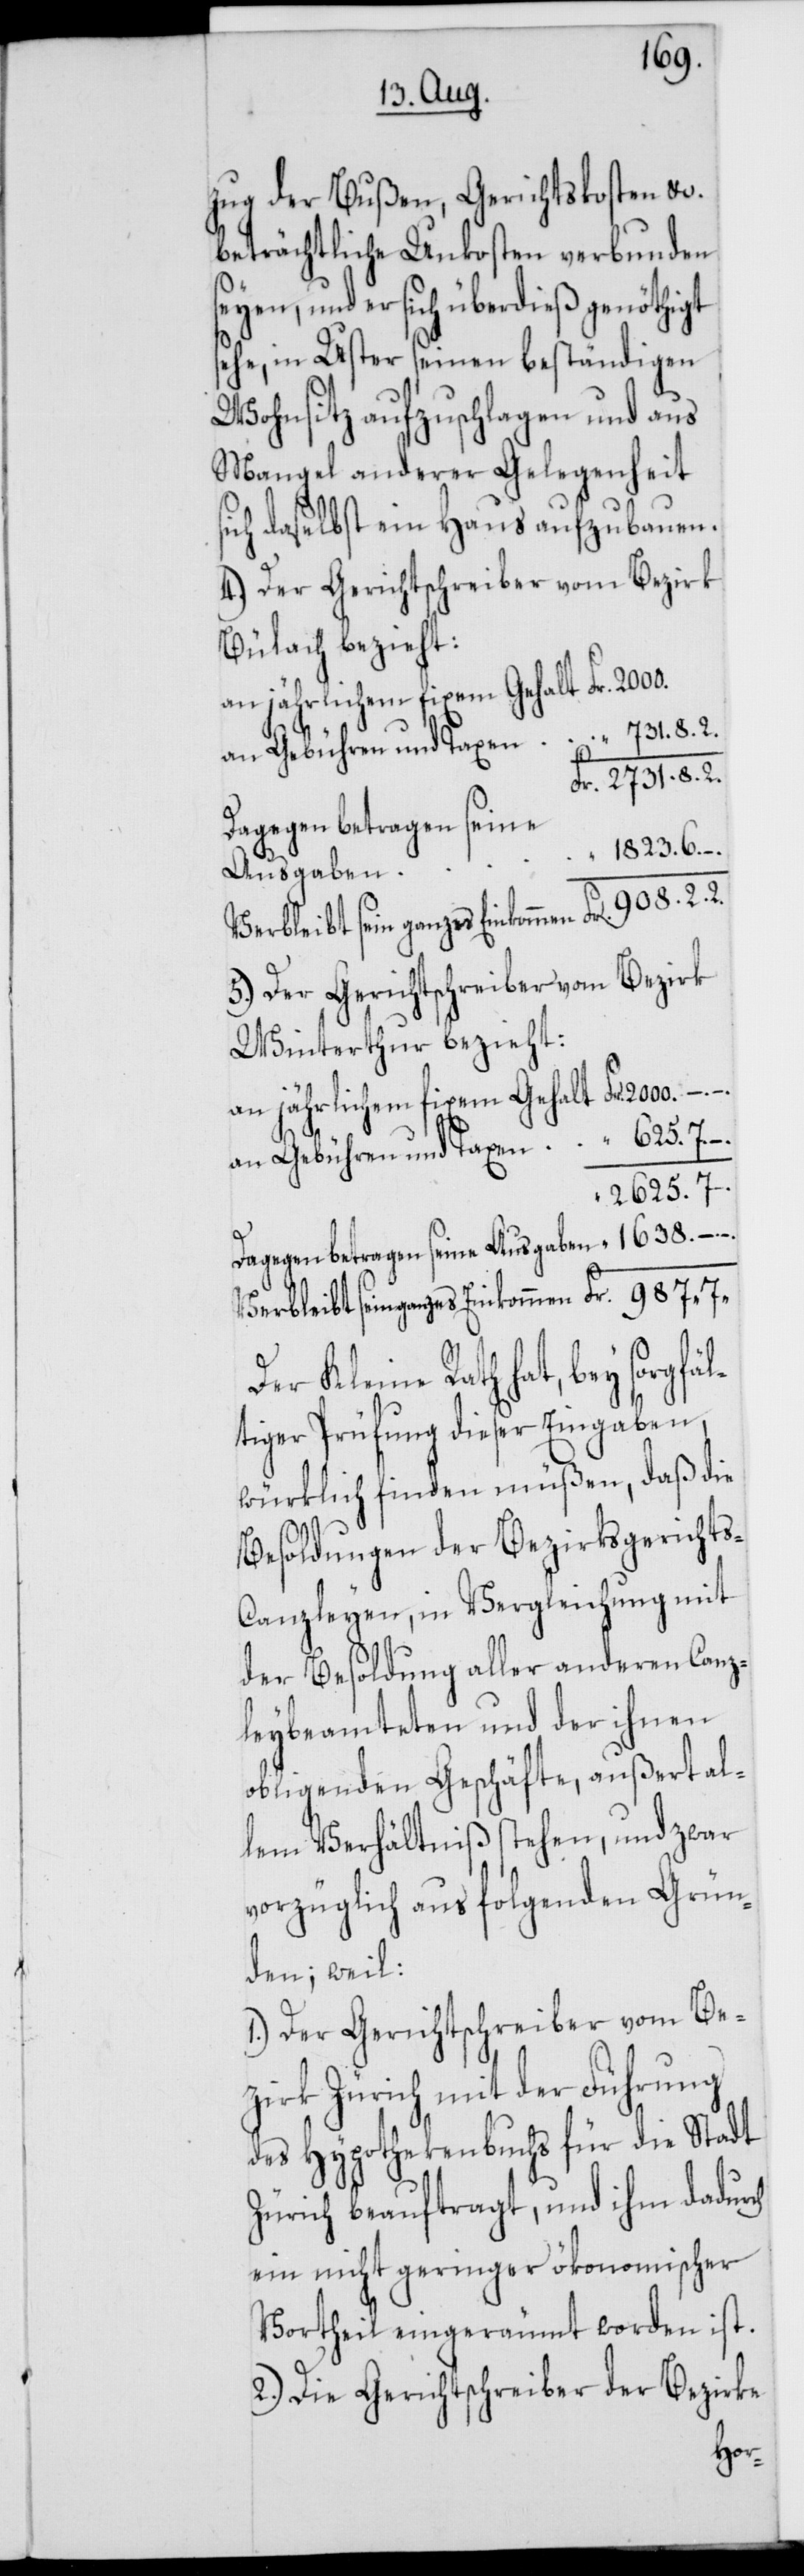
zug der Bußen, Gerichtskosten etc.
beträchtliche Unkosten verbunden
seyen, und er sich überdieß genöthigt
sehe, in Uster seinen beständigen
Wohnsitz aufzuschlagen und aus
Mangel anderer Gelegenheit
sich daselbst ein Haus aufzubauen.
4.) Der Gerichtschreiber vom Bezirk
Bülach bezieht:
an jährlichem fixem Gehalt Fr. 2000.
an Gebühren und Taxen “ 731. 8. 2.
Fr. 2731. 8. 2.
Dagegen betragen seine
1823. 6. –.
Ausgaben
verbleibt sein ganzes Einkommen Fr. 987. 7.
5.) Der Gerichtschreiber vom Bezirk
Winterthur bezieht:
an jährlichem fixem Gehalt Fr. 2000. –.
an Gebühren und Taxen “ 625. 7. –.
2625. 7.
Dagegen betragen seine Ausgaben “ 1638. –. –.
Der Kleine Rath hat, bey sorgfä¬
ltiger Prüfung dieser Eingaben,
würklich finden müßen, daß die
Besoldungen der Bezirksgerichts-C¬
anzleyen, in Vergleichung mit
der Besoldung aller anderen Canz¬
leybeamteten und der ihnen
obligenden Geschäfte, außert al¬
lem Verhältniß stehen, und zwar
vorzüglich aus folgenden Grün¬
den, weil:
1.) Der Gerichtschreiber vom Be¬
zirk Zürich mit der Führung
des Hypothekenbuchs für die Stadt
Zürich beauftragt, und ihm dadurch
ein nicht geringer ökonomischer
Vortheil eingeräumt worden ist.
2.) Die Gerichtschreiber der Bezirke